Annual report on the working of the lock hospitals in the North-Western Provinces and Oudh
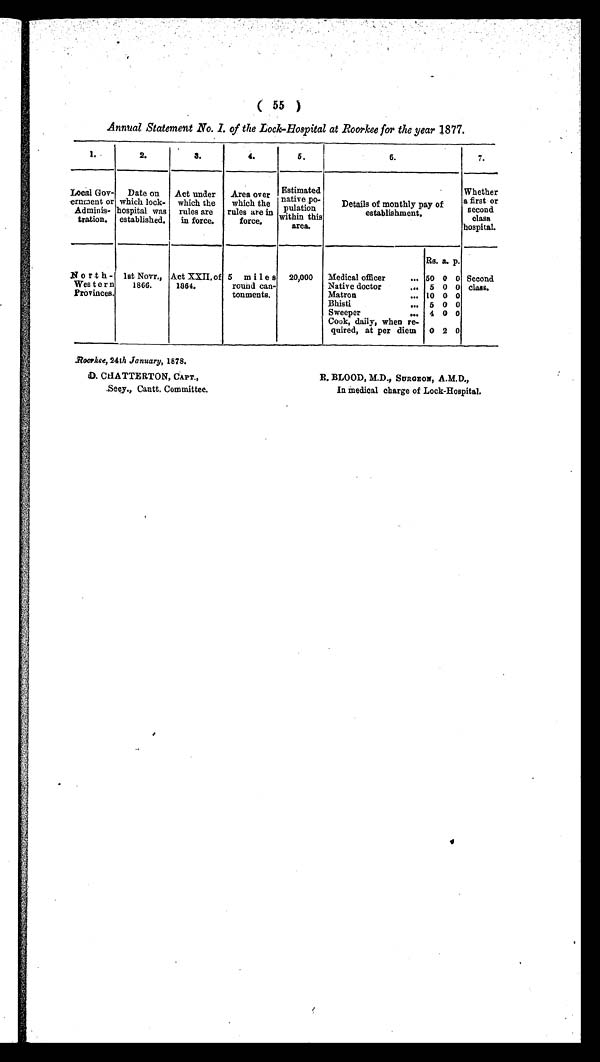
Roorkee, 24th January, 1878.
D. CHATTERTON, CAPT.,
Secy., Cantt. Committee.
R. BLOOD, M.D., SURGEON, A.M.D.,
In medical charge of Lock-Hospital.
( 55 )
Annual Statement No. I. of the Lock-Hospital at Roorkee for the year 1877.
I.
2.
3.
4.
5.
6.
7.
Local Gov-
ernment or
Adminis-
tration.
Date on
which lock-
hospital was
established.
Act under
which the
rules are
in force.
Area over
which the
rules are in
force,
Estimated
native po-
pulat
ion within this
area.
Details of monthly pay of
establishment.
Wheth e r a f i r s t o r
second
class
hospital.
Rs. a. p.
North-
Western
Provinces.
1st Novr.,
1866.
Act XXII. of
1864.
5 mi1es
round can-
tonments.
20,000 Medical officer
... 50 0 0 Second
class.
Native doctor
... 5 0 0
Matron
... 10 0 0
Bhisti
... 5 0 0
Sweeper
... 4 0 0
Cook, daily, when re-
quired, at per diem 0 2 0